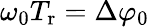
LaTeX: \omega_{0}T_{\mathrm{r}}=\Delta\varphi_{0}